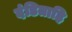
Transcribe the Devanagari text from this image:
दंडिताहि